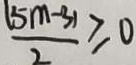
\frac { ( 5 m - 3 ) } { 2 } \geqslant 0